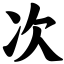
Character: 次